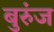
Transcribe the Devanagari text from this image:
बुरुंज